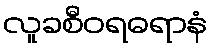
လူခစီဝရဓရာနံ